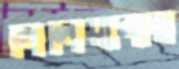
লিলিয়ানার